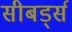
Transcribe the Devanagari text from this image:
सीबर्ड्स